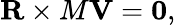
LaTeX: \mathbf{R}\times M\mathbf{V}=\mathbf{0},